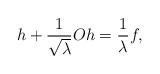
LaTeX: \begin{align*}h+\frac{1}{\sqrt{\lambda}}Oh=\frac{1}{\lambda}f,\end{align*}